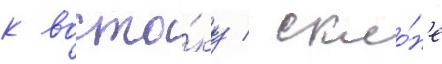
к восто́ку / скло́н'е